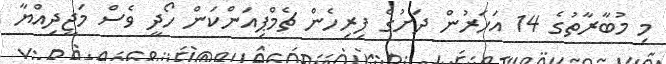
މި މުބާރާތުގެ 14 އަހަރުން ދަށުގެ ފިރިހެން ޗެމްޕިއަންކަން ހޯދީ ވެސް މަޖީދިއްޔާ